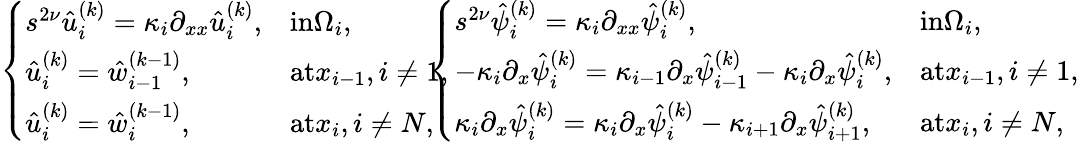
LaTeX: \begin{array}{rcll}{\left\{ \begin{array}{ll}{s^{2\nu}\hat{u}_{i}^{(k)}=\kappa_{i}\partial_{xx}\hat{u}_{i}^{(k)},}&{\textrm{in}\Omega_{i},}\\ {\hat{u}_{i}^{(k)}=\hat{w}_{i-1}^{(k-1)},}&{\textrm{at}x_{i-1},i\neq 1,}\\ {\hat{u}_{i}^{(k)}=\hat{w}_{i}^{(k-1)},}&{\textrm{at}x_{i},i\neq N,}\end{array}\right.}\end{array}\! \! \! \! \begin{array}{rcll}{\left\{ \begin{array}{ll}{s^{2\nu}\hat{\psi}_{i}^{(k)}=\kappa_{i}\partial_{xx}\hat{\psi}_{i}^{(k)},}&{\textrm{in}\Omega_{i},}\\ {-\kappa_{i}\partial_{x}\hat{\psi}_{i}^{(k)}=\kappa_{i-1}\partial_{x}\hat{\psi}_{i-1}^{(k)}-\kappa_{i}\partial_{x}\hat{\psi}_{i}^{(k)},}&{\textrm{at}x_{i-1},i\neq 1,}\\ {\kappa_{i}\partial_{x}\hat{\psi}_{i}^{(k)}=\kappa_{i}\partial_{x}\hat{\psi}_{i}^{(k)}-\kappa_{i+1}\partial_{x}\hat{\psi}_{i+1}^{(k)},}&{\textrm{at}x_{i},i\neq N,}\end{array}\right.}\end{array}